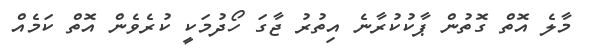
މާލެ އޮތް ގޮތުން ޕާކުކުރާނެ އިތުރު ޖާގަ ހޯދުމަކީ ކުރެވެން އޮތް ކަމެއް